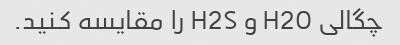
چگالی H2O و H2S را مقایسه کنید.